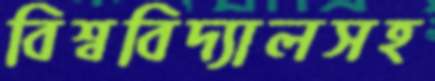
বিশ্ববিদ্যালসহ